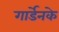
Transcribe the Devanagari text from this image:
गार्डेनके